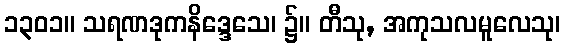
၁၃၀၁။ သရဏဒုကနိဒ္ဒေသေ၊ ၌။ တီသု, အကုသလမူလေသု၊